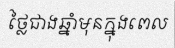
ថ្លៃជាងឆ្នាំមុនក្នុងពេល